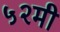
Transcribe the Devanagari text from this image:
५२मी